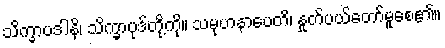
သိက္ခာပဒါနိ၊ သိက္ခာပုဒ်တို့ကို။ သမုဟနာပေတိ၊ နှုတ်ပယ်တော်မူစေ၏။